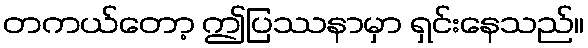
တကယ်တော့ ဤပြဿနာမှာ ရှင်းနေသည်။